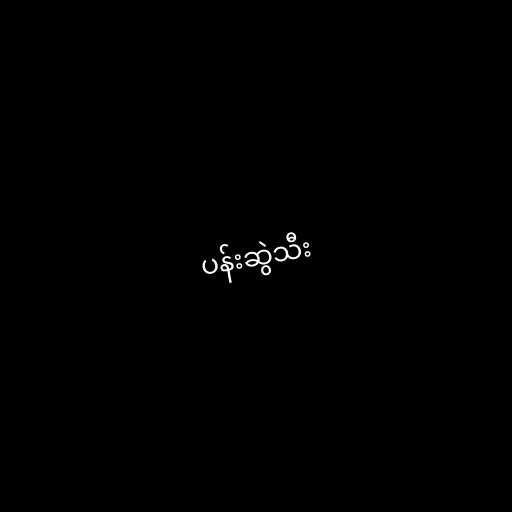
ပန်းဆွဲသီး